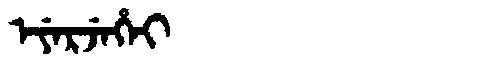
Manchu: ᡝᠶᡝᡵᠵᡝᡥᡝᡳ
Romanization: EYERJEHEI